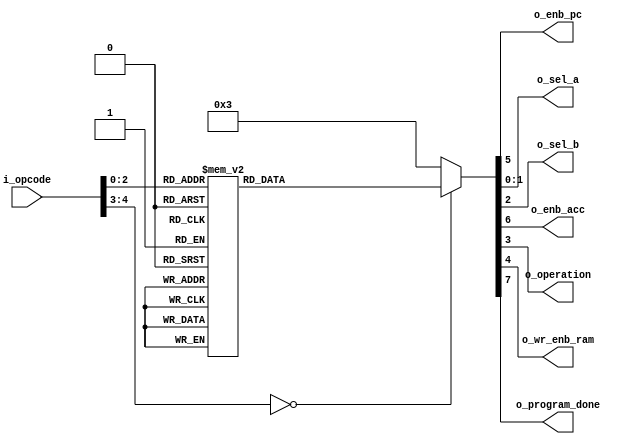
`timescale 1ns/100ps
module instruction_decoder
#(
    parameter                           NB_OPCODE       = 5,
    parameter                           NB_SELECTOR_A   = 2
)
(
    input wire  [NB_OPCODE-1 : 0]       i_opcode,
    output wire                         o_enb_pc,                       //en el paper es la seal wr_pc
    output wire [NB_SELECTOR_A-1 : 0]   o_sel_a,
    output wire                         o_sel_b,
    output wire                         o_enb_acc,                      //en el paper es la seal wr_acc
    output wire                         o_operation,
    output wire                         o_wr_enb_ram,
    output wire                         o_program_done
);

    //OPCODES
    localparam  [NB_OPCODE-1 : 0]       HALT            = 5'b00000;
    localparam  [NB_OPCODE-1 : 0]       STORE           = 5'b00001;
    localparam  [NB_OPCODE-1 : 0]       LOAD            = 5'b00010;
    localparam  [NB_OPCODE-1 : 0]       LOADI           = 5'b00011;
    localparam  [NB_OPCODE-1 : 0]       ADD             = 5'b00100;
    localparam  [NB_OPCODE-1 : 0]       ADDI            = 5'b00101;
    localparam  [NB_OPCODE-1 : 0]       SUB             = 5'b00110;
    localparam  [NB_OPCODE-1 : 0]       SUBI            = 5'b00111;

    /*--SELECTOR A 
    *   Default state - do nothing = 2'b11
    *   Read from ram - write on acc = 2'b00
    *   Read from i_data - write on acc = 2'b1
    *   
    *
    *************/
    reg                                 enb_pc;
    reg [NB_SELECTOR_A-1 : 0]           sel_a;
    reg                                 sel_b;
    reg                                 enb_acc;
    reg                                 operation;                      //1'b1 = suma, 1'b0 = resta
    reg                                 wr_enb_ram;
    reg                                 rd_enb_ram;
    reg                                 program_done;
    
    assign                              o_enb_pc = enb_pc;
    assign                              o_sel_a = sel_a;
    assign                              o_sel_b = sel_b;
    assign                              o_enb_acc = enb_acc;
    assign                              o_operation = operation;
    assign                              o_wr_enb_ram = wr_enb_ram;
    assign                              o_program_done = program_done;

    always @ *
    begin
        enb_pc                  =   1'b0;
        sel_a                   =   2'b11;
        sel_b                   =   1'b0;
        enb_acc                 =   1'b0;
        operation               =   1'b0;
        wr_enb_ram              =   1'b0;
        program_done            =   1'b0;

        case(i_opcode)

            HALT:
            begin
                enb_pc          =   1'b0;
                enb_acc         =   1'b0;
                program_done    =   1'b1;
            end

            STORE:
            begin
                enb_pc          =   1'b1;
                enb_acc         =   1'b1;
                wr_enb_ram      =   1'b1;
                
            end

            LOAD:
            begin
                enb_pc          =   1'b1;
                enb_acc         =   1'b1;
                sel_a           =   2'b00;
            end

            LOADI:
            begin
                enb_pc          =   1'b1;
                enb_acc         =   1'b1;
                sel_a           =   2'b01;
            end

            ADD:
            begin
                enb_pc          =   1'b1;
                enb_acc         =   1'b1;
                operation       =   1'b1;
                sel_a           =   2'b10;
                sel_b           =   1'b1;
            end

            ADDI:
            begin
                enb_pc          =   1'b1;
                enb_acc         =   1'b1;
                operation       =   1'b1;
                sel_a           =   2'b10;
                sel_b           =   1'b0;
            end

            SUB:                
            begin
                enb_pc          =   1'b1;
                enb_acc         =   1'b1;
                operation       =   1'b0;
                sel_a           =   2'b10;
                sel_b           =   1'b1;
            end

            SUBI:                
            begin
                enb_pc          =   1'b1;
                enb_acc         =   1'b1;
                operation       =   1'b0;
                sel_a           =   2'b10;
                sel_b           =   1'b0;
            end                

            default:
            begin
            enb_pc              =   1'b0;
            sel_a               =   2'b11;
            sel_b               =   1'b0;
            enb_acc             =   1'b0;
            operation           =   1'b0;
            wr_enb_ram          =   1'b0;
            end
        endcase

    end
    
endmodule